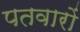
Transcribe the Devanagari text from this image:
पतवारों